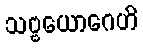
သဗ္ဗယောဂေဟိ